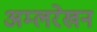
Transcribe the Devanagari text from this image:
अम्लरेखन